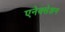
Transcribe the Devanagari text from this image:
एनेक्सेशन